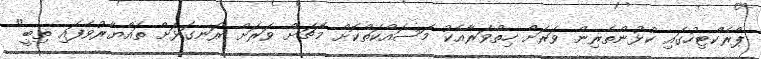
ޕްރެކްޓިހުގައި ކުޅުންތެރިން ވަރަށް ހިތްވަރާއެކު މަސައްކަތްކޮށް މެޗަށް ވަރަށް ރަނގަޅަށް ތައްޔާރުވެފައި ތިބީ"